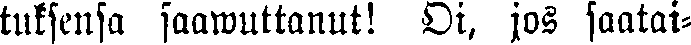
tuksensa saawuttanut! Oi, jos saatai-